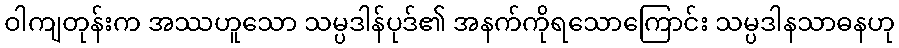
ဝါကျတုန်းက အဿဟူသော သမ္ပဒါန်ပုဒ်၏ အနက်ကိုရသောကြောင်း သမ္ပဒါနသာဓနဟု